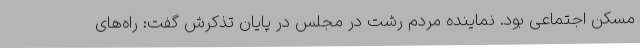
مسکن اجتماعی بود. نماینده مردم رشت در مجلس در پایان تذکرش گفت: راه‌های